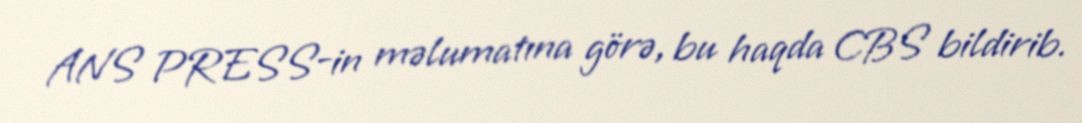
ANS PRESS-in məlumatına görə, bu haqda CBS bildirib.